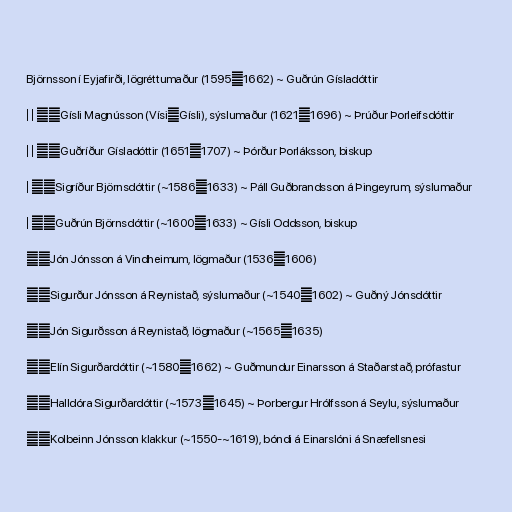
Björnsson í Eyjafirði, lögréttumaður (1595─1662) ~ Guðrún Gísladóttir

│ │ ╰─Gísli Magnússon (Vísi─Gísli), sýslumaður (1621─1696) ~ Þrúður Þorleifsdóttir

│ │ ╰─Guðríður Gísladóttir (1651─1707) ~ Þórður Þorláksson, biskup

│ ├─Sigríður Björnsdóttir (~1586─1633) ~ Páll Guðbrandsson á Þingeyrum, sýslumaður

│ ╰─Guðrún Björnsdóttir (~1600─1633) ~ Gísli Oddsson, biskup

├─Jón Jónsson á Vindheimum, lögmaður (1536─1606)

╰─Sigurður Jónsson á Reynistað, sýslumaður (~1540─1602) ~ Guðný Jónsdóttir

├─Jón Sigurðsson á Reynistað, lögmaður (~1565─1635)

├─Elín Sigurðardóttir (~1580─1662) ~ Guðmundur Einarsson á Staðarstað, prófastur

╰─Halldóra Sigurðardóttir (~1573─1645) ~ Þorbergur Hrólfsson á Seylu, sýslumaður

╰─Kolbeinn Jónsson klakkur (~1550-~1619), bóndi á Einarslóni á Snæfellsnesi